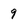
Character: 9